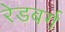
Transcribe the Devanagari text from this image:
रेडबर्ग